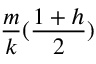
\frac { m } { k } ( \frac { 1 + h } { 2 } )